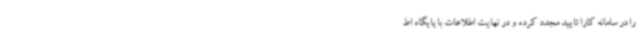
را در سامانه کارا تایید مجدد کرده و در نهایت اطلاعات با پایگاه اط